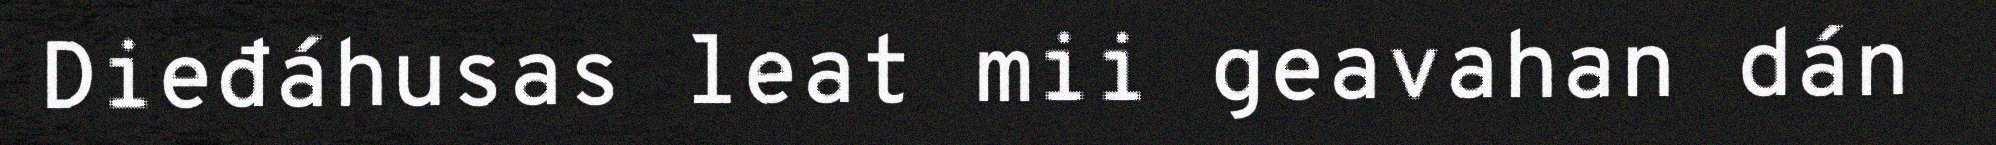
Dieđáhusas leat mii geavahan dán